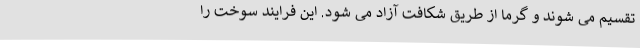
تقسیم می شوند و گرما از طریق شکافت آزاد می شود. این فرایند سوخت را